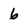
Character: 6